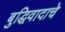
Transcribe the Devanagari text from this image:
बुद्धिवादाचे